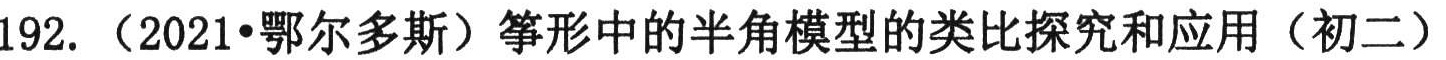
192.（2021•鄂尔多斯）筝形中的半角模型的类比探究和应用（初二）